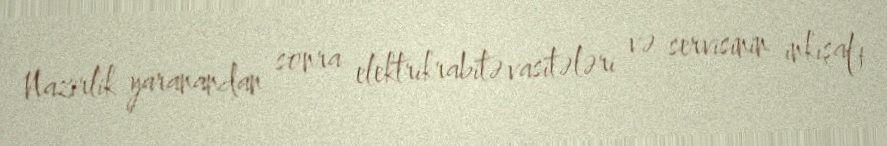
Nazirlik yaranandan sonra elektrikrabitə vasitələri və servisinin inkişafı